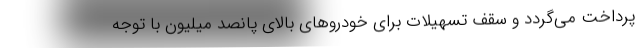
پرداخت می‌گردد و سقف تسهیلات برای خودروهای بالای پانصد میلیون با توجه